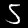
Digit: 5